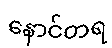
နောင်တရ